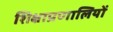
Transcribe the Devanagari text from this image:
शिक्षाप्रणालियों